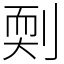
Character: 㓴